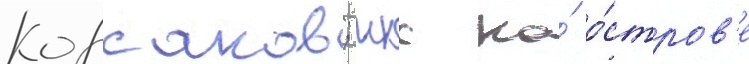
Корсаков; ккс на́ о́стров'е